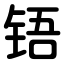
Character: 铻